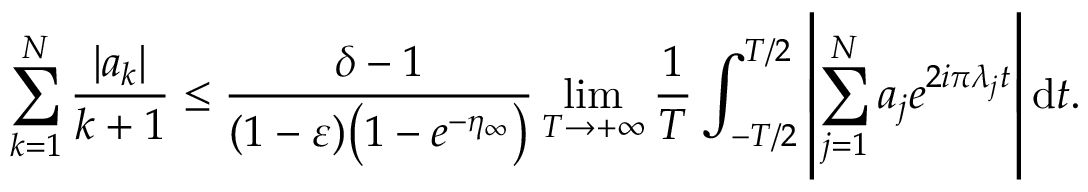
\sum _ { k = 1 } ^ { N } \frac { | a _ { k } | } { k + 1 } \leq \frac { \delta - 1 } { ( 1 - \varepsilon ) \bigl ( 1 - e ^ { - \eta _ { \infty } } \bigr ) } \operatorname* { l i m } _ { T \to + \infty } \frac { 1 } { T } \int _ { - T / 2 } ^ { T / 2 } { \left| { \sum _ { j = 1 } ^ { N } a _ { j } e ^ { 2 i \pi \lambda _ { j } t } } \right| } \, \mathrm { d } t .